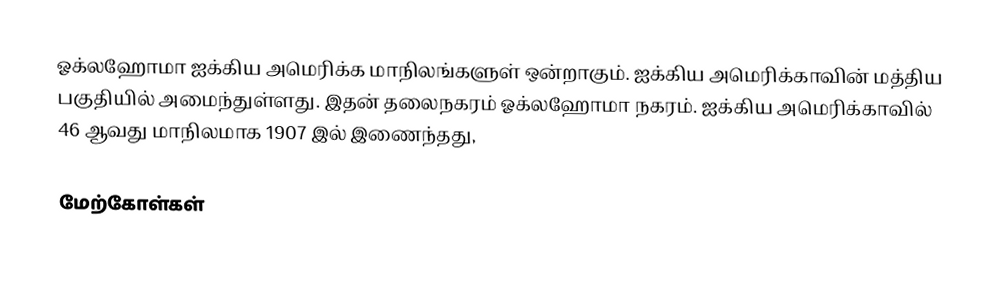
ஓக்லஹோமா ஐக்கிய அமெரிக்க மாநிலங்களுள் ஒன்றாகும். ஐக்கிய அமெரிக்காவின் மத்திய பகுதியில் அமைந்துள்ளது. இதன் தலைநகரம் ஓக்லஹோமா நகரம். ஐக்கிய அமெரிக்காவில் 46 ஆவது மாநிலமாக 1907 இல் இணைந்தது,

மேற்கோள்கள்